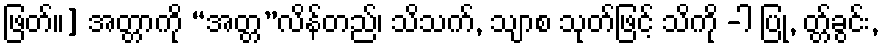
ဖြတ်။] အတ္တာကို “အတ္တ”လိန်တည်၊ သိသက်, သျာစ သုတ်ဖြင့် သိကို -ါ ပြု, တ္တ်ခွင်း,